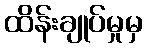
ထိန်းချုပ်မှုမှ